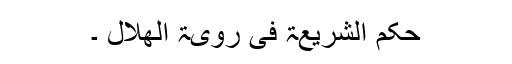
حکم الشریعۃ فی رویۃ الھلال ۔